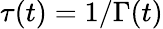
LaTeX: \tau(t)=1/\Gamma(t)